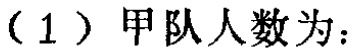
（1）甲队人数为：